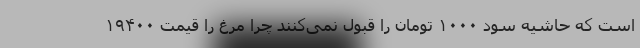
است که حاشیه سود ۱۰۰۰ تومان را قبول نمی‌کنند چرا مرغ را قیمت ۱۹۴۰۰